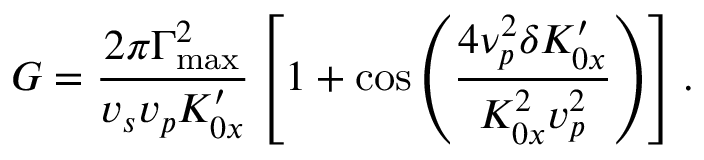
G = \frac { 2 \pi \Gamma _ { \mathrm { m a x } } ^ { 2 } } { v _ { s } v _ { p } K _ { 0 x } ^ { \prime } } \left[ 1 + \cos \left( \frac { 4 \nu _ { p } ^ { 2 } \delta K _ { 0 x } ^ { \prime } } { K _ { 0 x } ^ { 2 } v _ { p } ^ { 2 } } \right) \right] .